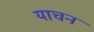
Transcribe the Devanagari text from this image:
याचन